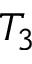
T _ { 3 }